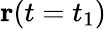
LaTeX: \mathbf{r}(t=t_{1})